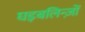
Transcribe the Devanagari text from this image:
घइबलिन्ज़ों